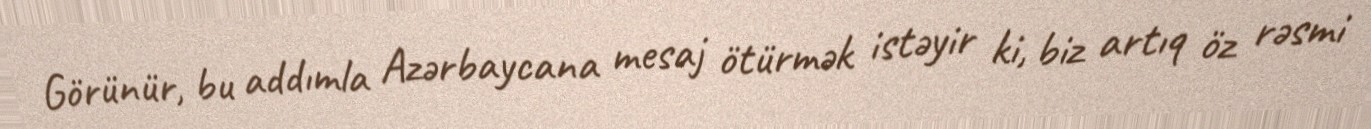
Görünür, bu addımla Azərbaycana mesaj ötürmək istəyir ki, biz artıq öz rəsmi